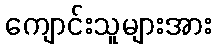
ကျောင်းသူများအား